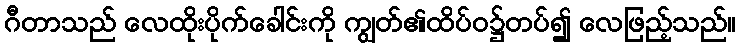
ဂီတာသည် လေထိုးပိုက်ခေါင်းကို ကျွတ်၏ထိပ်ဝ၌တပ်၍ လေဖြည့်သည်။